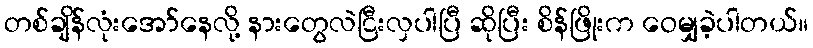
တစ်ချိန်လုံးအော်နေလို့ နားတွေလဲငြီးလှပါပြီ ဆိုပြီး စိန်ဖြိုးက ဝေမျှခဲ့ပါတယ်။